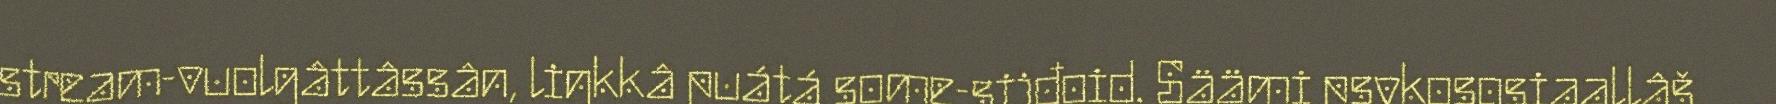
stream-vuolgâttâssân, liŋkkâ puátá some-sijđoid. Säämi psykososiaallâš